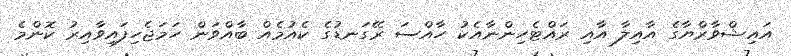
އައިޝްވާރްޔާގެ އާއިލާ އާއި ރައްޓެހިންނާއެކު ހާއްސަ ރޭގަނޑުގެ ކެއުމެއް ބާއްވަން ހަމަޖެހިފައިވާއިރު ކޮންމެ